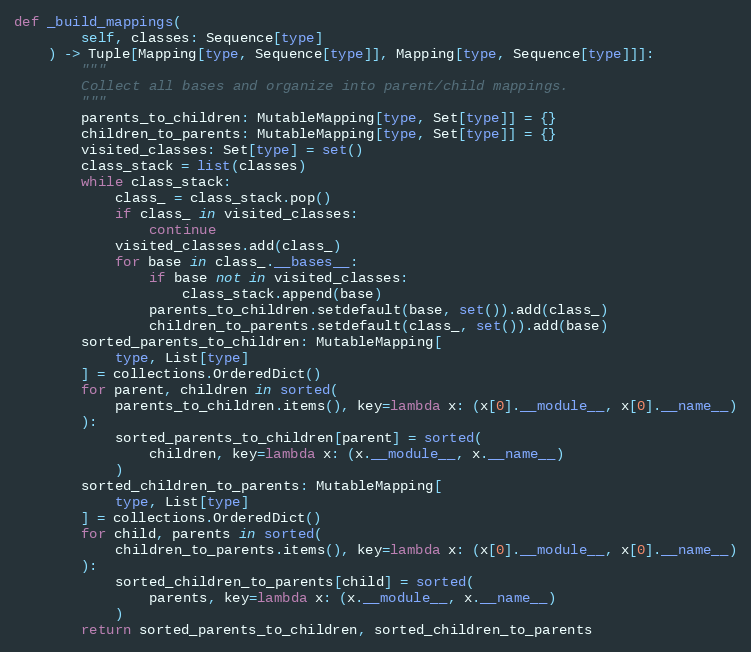
Language: Python
def _build_mappings(
        self, classes: Sequence[type]
    ) -> Tuple[Mapping[type, Sequence[type]], Mapping[type, Sequence[type]]]:
        """
        Collect all bases and organize into parent/child mappings.
        """
        parents_to_children: MutableMapping[type, Set[type]] = {}
        children_to_parents: MutableMapping[type, Set[type]] = {}
        visited_classes: Set[type] = set()
        class_stack = list(classes)
        while class_stack:
            class_ = class_stack.pop()
            if class_ in visited_classes:
                continue
            visited_classes.add(class_)
            for base in class_.__bases__:
                if base not in visited_classes:
                    class_stack.append(base)
                parents_to_children.setdefault(base, set()).add(class_)
                children_to_parents.setdefault(class_, set()).add(base)
        sorted_parents_to_children: MutableMapping[
            type, List[type]
        ] = collections.OrderedDict()
        for parent, children in sorted(
            parents_to_children.items(), key=lambda x: (x[0].__module__, x[0].__name__)
        ):
            sorted_parents_to_children[parent] = sorted(
                children, key=lambda x: (x.__module__, x.__name__)
            )
        sorted_children_to_parents: MutableMapping[
            type, List[type]
        ] = collections.OrderedDict()
        for child, parents in sorted(
            children_to_parents.items(), key=lambda x: (x[0].__module__, x[0].__name__)
        ):
            sorted_children_to_parents[child] = sorted(
                parents, key=lambda x: (x.__module__, x.__name__)
            )
        return sorted_parents_to_children, sorted_children_to_parents